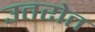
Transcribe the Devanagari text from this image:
उतरोत